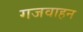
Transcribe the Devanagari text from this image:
गजवाहन